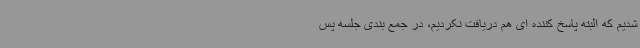
شدیم که البته پاسخ کننده ای هم دریافت نکردیم، در جمع بندی جلسه پس